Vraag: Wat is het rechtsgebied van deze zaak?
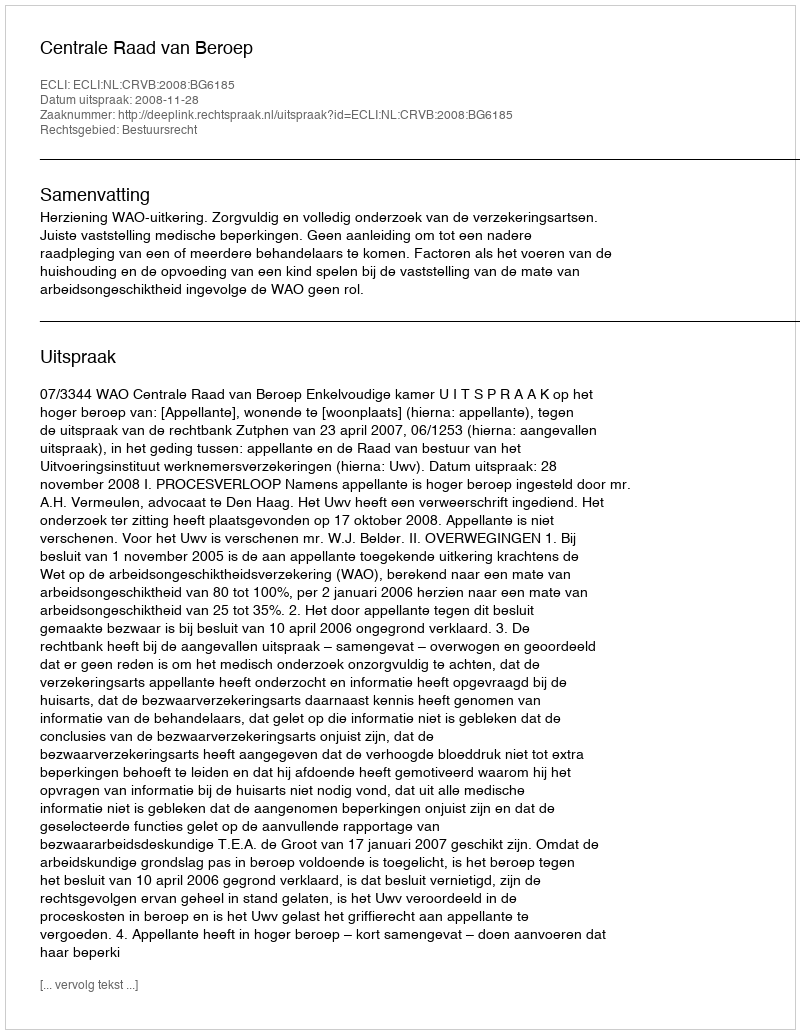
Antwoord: Bestuursrecht